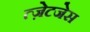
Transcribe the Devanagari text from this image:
त्ज़ेटजेस